Indian journal of veterinary science and animal husbandry - Volume 12,
Year: 1942
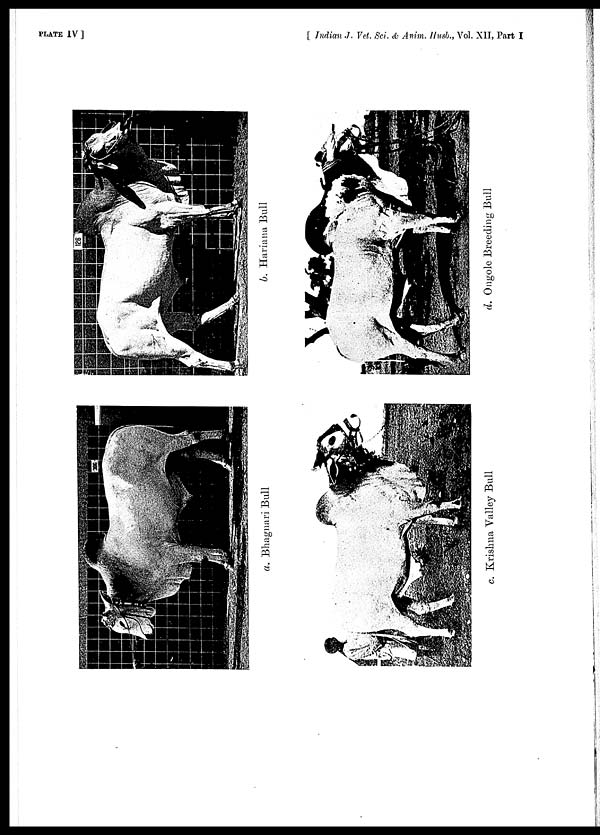
PLATE IV ]
[ Indian J. Vet. Sci. & Anim. Husb., Vol. XII, Part I
a. Bhagnari Bull
b. Hariana Bull
c. Krishna Valley Bull
d. Ougole Breeding Bull